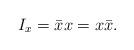
LaTeX: \begin{align*}I_x=\bar{x}x=x\bar{x}.\end{align*}